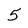
Character: 5